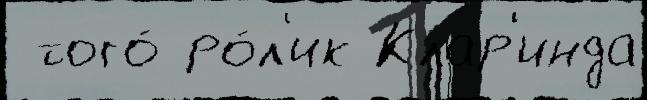
 того́ ро́л'ик Клар'инда